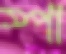
স্পা